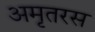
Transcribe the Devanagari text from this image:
अमृतरस